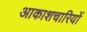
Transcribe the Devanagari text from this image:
आकाशचारियों